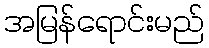
အမြန်ရောင်းမည်